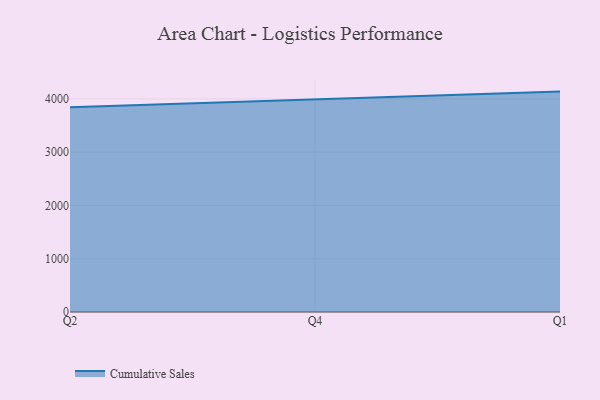
{"axis": {"x": "Quarter", "y": "Production Output"}, "legend": ["Cumulative Sales"], "data": [{"x": "Q2", "y": 3842.5, "type": "Cumulative Sales"}, {"x": "Q4", "y": 3986.3, "type": "Cumulative Sales"}, {"x": "Q1", "y": 4137.0, "type": "Cumulative Sales"}]}